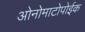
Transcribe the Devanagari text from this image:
ओनोमाटोपोईक